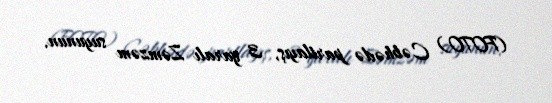
(FOTO) Cəbhədə partlayış, 3 yaralı Zəmzəm suyunun.